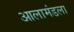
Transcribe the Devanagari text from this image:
आलामंडला